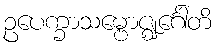
ဥပေက္ခာသမ္ဗောဇ္ဈင်္ဂေါတိ